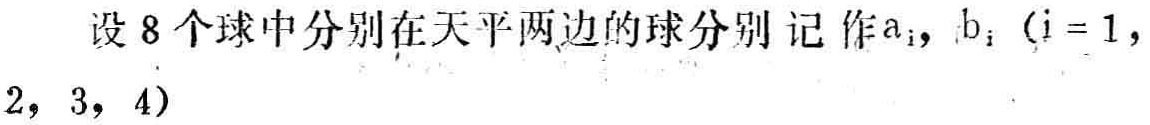
设 8 个球中分别在天平两边的球分别记作\(a_{i}, b_{i}\ (i = 1, 2, 3, 4)\)